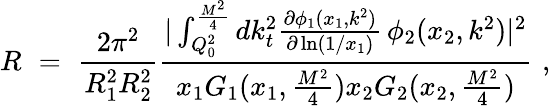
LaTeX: R\, \, =\, \, \frac{2\pi^{2}}{R_{1}^{2}R_{2}^{2}}\frac{|\int_{Q_{0}^{2}}^{\frac{M^{2}}{4}}dk_{t}^{2}\frac{\partial\phi_{1}(x_{1},k^{2})}{\partial\ln(1/x_{1})}\, \phi_{2}(x_{2},k^{2})|^{2}}{x_{1}G_{1}(x_{1},\frac{M^{2}}{4})x_{2}G_{2}(x_{2},\frac{M^{2}}{4})}\, \, ,